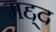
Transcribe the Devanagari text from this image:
मद्द्द